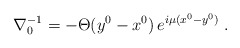
\begin{align*}\nabla_0^{-1} = - \Theta (y^0-x^0 ) \, e^{i\mu (x^0-y^0)}\; .\end{align*}